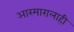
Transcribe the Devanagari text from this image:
आरमारालाही